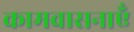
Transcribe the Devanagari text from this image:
कामवासनाएँ